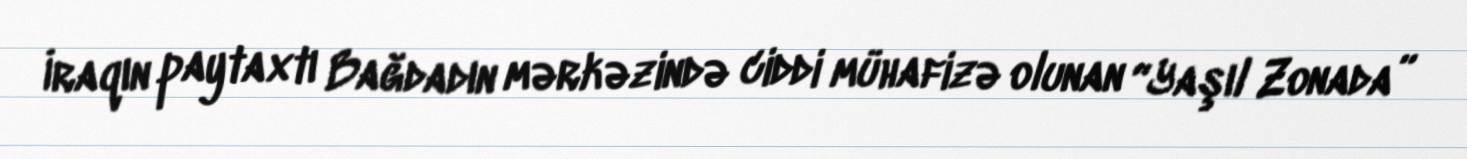
İraqın paytaxtı Bağdadın mərkəzində ciddi mühafizə olunan “Yaşıl Zonada”